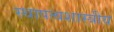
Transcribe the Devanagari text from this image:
स्थापत्यशास्त्रीय